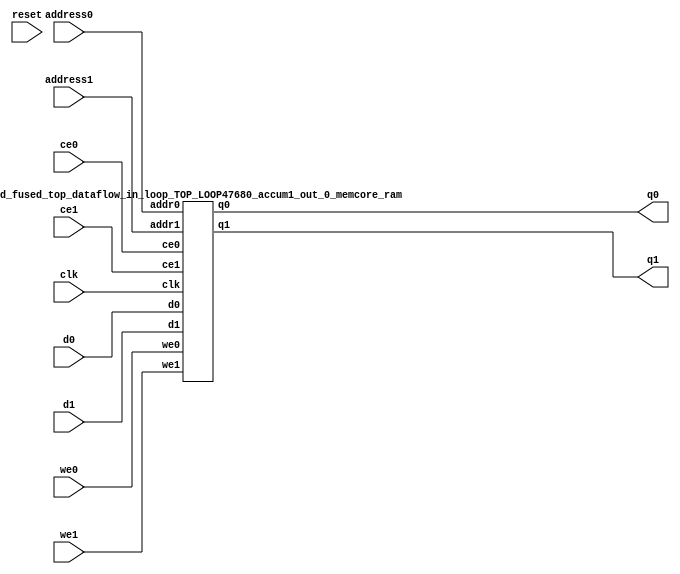
`define EXPONENT 5
`define MANTISSA 10
`define ACTUAL_MANTISSA 11
`define EXPONENT_LSB 10
`define EXPONENT_MSB 14
`define MANTISSA_LSB 0
`define MANTISSA_MSB 9
`define MANTISSA_MUL_SPLIT_LSB 3
`define MANTISSA_MUL_SPLIT_MSB 9
`define SIGN 1
`define SIGN_LOC 15
`define DWIDTH (`SIGN+`EXPONENT+`MANTISSA)
`define IEEE_COMPLIANCE 1

module td_fused_top_dataflow_in_loop_TOP_LOOP47680_accum1_out_0_memcore(
    reset,
    clk,
    address0,
    ce0,
    we0,
    d0,
    q0,
    address1,
    ce1,
    we1,
    d1,
    q1);

parameter DataWidth = 32'd16;
parameter AddressRange = 32'd16;
parameter AddressWidth = 32'd4;
input reset;
input clk;
input[AddressWidth - 1:0] address0;
input ce0;
input we0;
input[DataWidth - 1:0] d0;
output[DataWidth - 1:0] q0;
input[AddressWidth - 1:0] address1;
input ce1;
input we1;
input[DataWidth - 1:0] d1;
output[DataWidth - 1:0] q1;



td_fused_top_dataflow_in_loop_TOP_LOOP47680_accum1_out_0_memcore_ram td_fused_top_dataflow_in_loop_TOP_LOOP47680_accum1_out_0_memcore_ram_U(
    .clk( clk ),
    .addr0( address0 ),
    .ce0( ce0 ),
    .we0( we0 ),
    .d0( d0 ),
    .q0( q0 ),
    .addr1( address1 ),
    .ce1( ce1 ),
    .we1( we1 ),
    .d1( d1 ),
    .q1( q1 )
);

endmodule
module td_fused_top_dataflow_in_loop_TOP_LOOP47680_accum1_out_0_memcore_ram (addr0, ce0, d0, we0, q0, addr1, ce1, d1, we1, q1,  clk);

parameter DWIDTH = 16;
parameter AWIDTH = 4;
parameter MEM_SIZE = 16;

input[AWIDTH-1:0] addr0;
input ce0;
input[DWIDTH-1:0] d0;
input we0;
output reg[DWIDTH-1:0] q0;
input[AWIDTH-1:0] addr1;
input ce1;
input[DWIDTH-1:0] d1;
input we1;
output reg[DWIDTH-1:0] q1;
input clk;

reg [DWIDTH-1:0] ram[MEM_SIZE-1:0];




always @(posedge clk)  
begin 
    if (ce0) begin
        if (we0) 
            ram[addr0] <= d0; 
        q0 <= ram[addr0];
    end
end


always @(posedge clk)  
begin 
    if (ce1) begin
        if (we1) 
            ram[addr1] <= d1; 
        q1 <= ram[addr1];
    end
end


endmodule